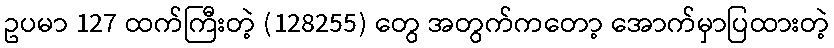
ဥပမာ 127 ထက်ကြီးတဲ့ (128255) တွေ အတွက်ကတော့ အောက်မှာပြထားတဲ့